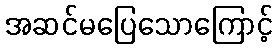
အဆင်မပြေသောကြောင့်